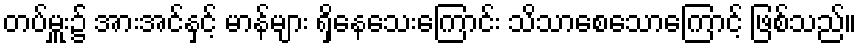
တပ်မှူး၌ အားအင်နှင့် မာန်များ ရှိနေသေးကြောင်း သိသာစေသောကြောင့် ဖြစ်သည်။